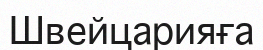
Швейцарияға